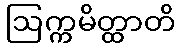
ဩက္ကမိတ္ထာတိ